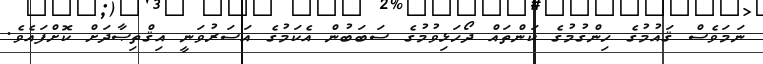
ނަމަވެސް ޤައުމުގެ ހިންގުމުގެ ކަންތައް ދޯހަޅިވުމުގެ ސަބަބުން އެކަމުގެ އަސަރުވަނީ އިޤްތިޞާދަށް ކޮށްފައެވެ.